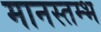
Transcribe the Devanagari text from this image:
मानस्तम्भ